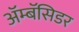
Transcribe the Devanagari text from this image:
अॅम्बॅसिडर